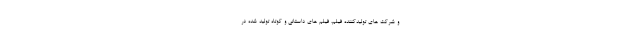
و شرکت های تولیدکننده فیلم، فیلم های داستانی و کوتاه تولید شده در